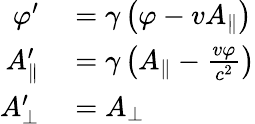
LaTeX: \begin{array}{rl}{\varphi^{\prime}}&{{}=\gamma\left(\varphi-vA_{\parallel}\right)}\\ {A_{\parallel}^{\prime}}&{{}=\gamma\left(A_{\parallel}-{\frac{v\varphi}{c^{2}}}\right)}\\ {A_{\bot}^{\prime}}&{{}=A_{\bot}}\end{array}